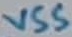
Text: VSS